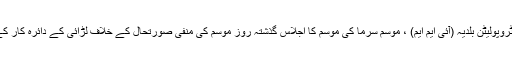
استنبول میٹروپولیٹن بلدیہ (آئی ایم ایم) ، موسم سرما کی موسم کا اجلاس گذشتہ روز موسم کی منفی صورتحال کے خلاف لڑائی کے دائرہ کار کے اندر ہوا۔